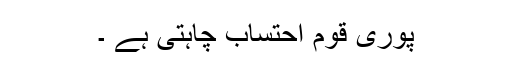
پوری قوم احتساب چاہتی ہے ۔